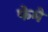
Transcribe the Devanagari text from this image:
फेमे